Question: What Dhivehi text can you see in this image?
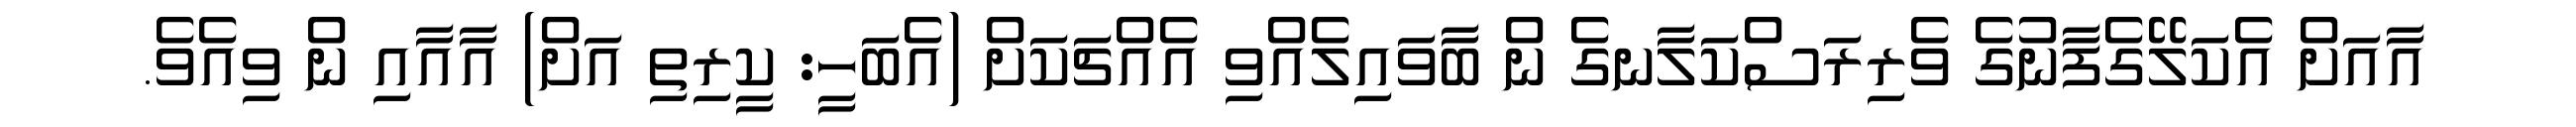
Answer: އާއަށް އެކަލޭގެފާނުގެ ވެރިރަސްކަލާނގެ ން ބާވައިލެއްވި އެއްޗަކަށް (އެބަހީ: ކީރިތި އަށް) އާއާއި ން ވިއެވެ.